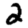
Digit: 2